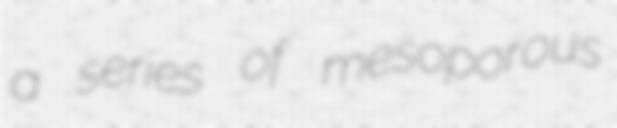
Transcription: a series of mesoporous